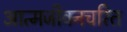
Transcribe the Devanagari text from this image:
आत्मजीवनचरित